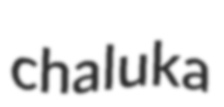
chaluka